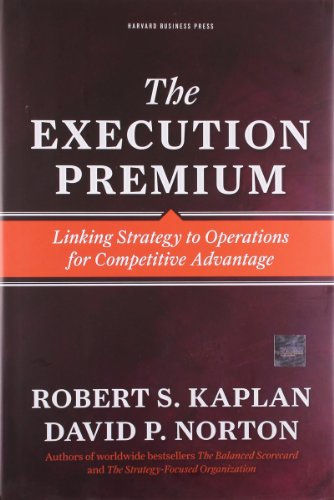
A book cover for The Execution Premium: Linking Strategy to Operations for Competitive Advantage; Robert S. Kaplan; Business & Money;